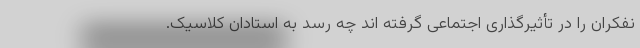
نفکران را در تأثیرگذاری اجتماعی گرفته اند چه رسد به استادان کلاسیک.